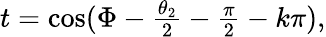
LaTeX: \begin{array}{r}{t=\cos(\Phi-\frac{\theta_{2}}{2}-\frac{\pi}{2}-k\pi),}\end{array}